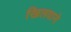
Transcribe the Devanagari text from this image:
खिलवाने